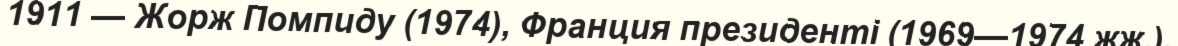
1911 — Жорж Помпиду (1974), Франция президенті (1969—1974 жж.).